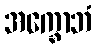
အက္ခောဘံ